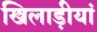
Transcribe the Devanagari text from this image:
खिलाड़ीयां